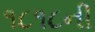
૧૮૧૮ની